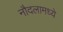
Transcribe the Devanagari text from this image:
नौदलामध्ये